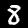
Digit: 8